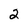
Character: 2